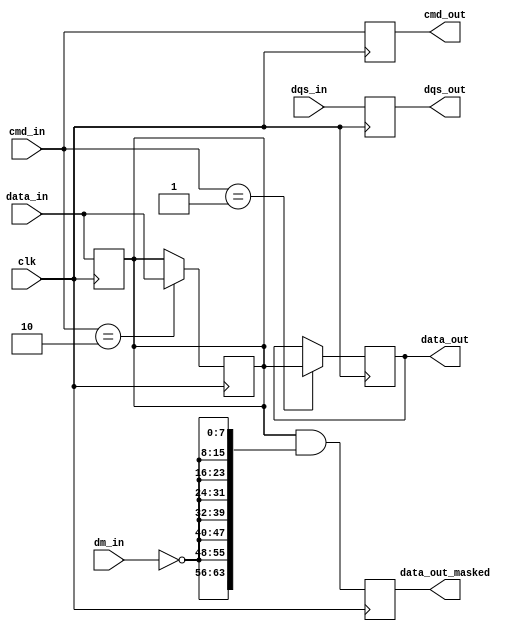
module ddr5_io_block (
    input wire clk,                // High-frequency clock input
    input wire [63:0] data_in,     // 64-bit data input
    input wire [7:0] dqs_in,        // Data Strobe input (DQS)
    input wire [7:0] dm_in,         // Data Mask input (DM)
    input wire [3:0] cmd_in,        // Command input
    output wire [63:0] data_out,    // 64-bit data output
    output wire [7:0] dqs_out,       // Data Strobe output (DQS)
    output wire [3:0] cmd_out,       // Command output
    output wire [63:0] data_out_masked // Masked data output
);

// Internal signals
reg [63:0] data_buffer;
reg [7:0] dqs_buffer;
reg [3:0] cmd_buffer;
reg [63:0] data_out_reg;
reg [63:0] data_out_masked_reg;

// Command Decoder
always @(posedge clk) begin
    cmd_buffer <= cmd_in;
    case (cmd_in)
        4'b0001: begin // Read command
            data_out_reg <= data_buffer; // Output data on read
        end
        4'b0010: begin // Write command
            data_buffer <= data_in; // Store incoming data
        end
        // Add more command cases as needed
        default: begin
            // Handle other commands
        end
    endcase
end

// Data Masking Logic
always @(posedge clk) begin
    data_out_masked_reg <= data_buffer & {64{~dm_in}}; // Apply data mask
end

// Output assignments
assign data_out = data_out_reg;
assign dqs_out = dqs_buffer; // DQS output
assign cmd_out = cmd_buffer; // Command output
assign data_out_masked = data_out_masked_reg; // Masked data output

// Input Buffer
always @(posedge clk) begin
    // Simulate input buffer behavior
    data_buffer <= data_in;
    dqs_buffer <= dqs_in; // Capture DQS input
end

endmodule